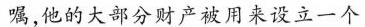
嘱，他的大部分财产被用来设立一个